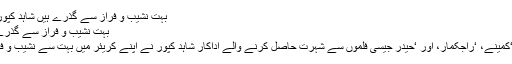
بہت نشیب و فراز سے گذرے ہیں شاہد کپور : رضی احمد :
بہت نشیب و فراز سے گذرے ہیں شاہد کپور
‘جب وی میٹ، ‘کمینے، ‘راجکمار، اور ‘حیدر جیسی فلموں سے شہرت حاصل کرنے والے اداکار شاہد کپور نے اپنے کریئر میں بہت سے نشیب و فراز دیکھے ہیں۔